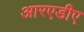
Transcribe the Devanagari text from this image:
आरएडीए